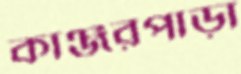
কাঞ্জরপাড়া